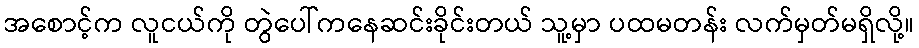
အစောင့်က လူငယ်ကို တွဲပေါ်ကနေဆင်းခိုင်းတယ် သူ့မှာ ပထမတန်း လက်မှတ်မရှိလို့။